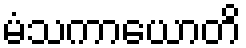
မံသကာယောတိ